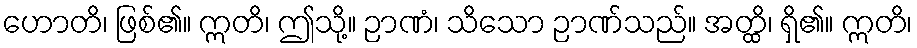
ဟောတိ၊ ဖြစ်၏။ ဣတိ၊ ဤသို့။ ဉာဏံ၊ သိသော ဉာဏ်သည်။ အတ္ထိ၊ ရှိ၏။ ဣတိ၊